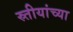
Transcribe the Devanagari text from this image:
स्र्तीयांच्या